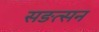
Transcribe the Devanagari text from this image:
सङत्सन